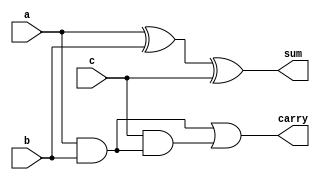
`timescale 1ns / 1ps

module fulladder(
    input a,
    input b,
    input c,
    output sum,
    output carry
    );
	 
	 assign sum = a ^ b ^ c;
	 assign carry = a & b | c & ( a & b );


endmodule